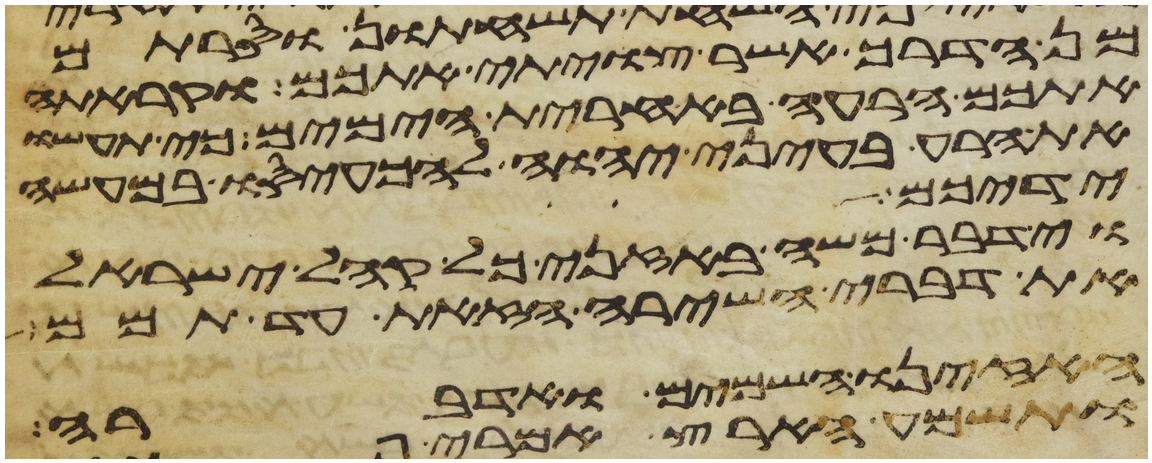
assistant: מן הדרך אשר צויתי אתכם וקרתה
אתכם הרעה באחרית הימים כי תעשו
את הרע בעיני יהוה להכעיסו במעשה
ידיכם
וידבר משה באזני כל קהל ישראל
את דברי השירה הזאת עד תמם
האזינו השמים ואדברה